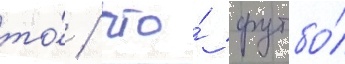
то́ / что́ футбо́л